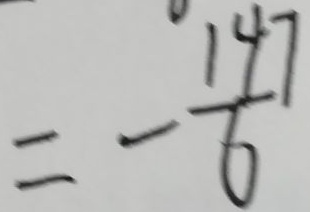
= - \frac { 1 4 7 } { 6 }